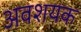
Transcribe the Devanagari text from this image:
अवशयक